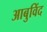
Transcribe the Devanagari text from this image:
आबुविंद